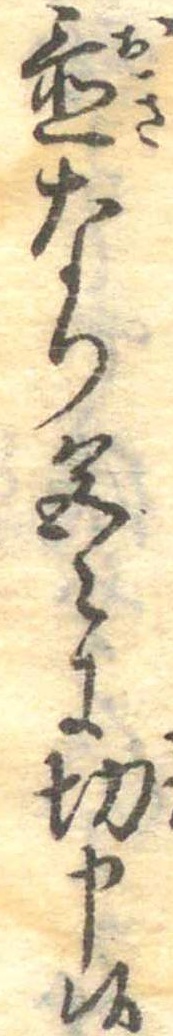
置なり色〻に切申候